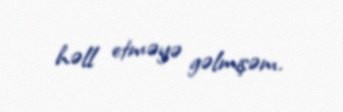
həll etməyə gəlmişəm.